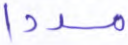
مددا